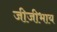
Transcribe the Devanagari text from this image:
जीजीभाय